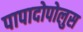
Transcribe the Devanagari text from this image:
पापादोपोलुस